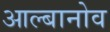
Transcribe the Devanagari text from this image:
आल्बानोव